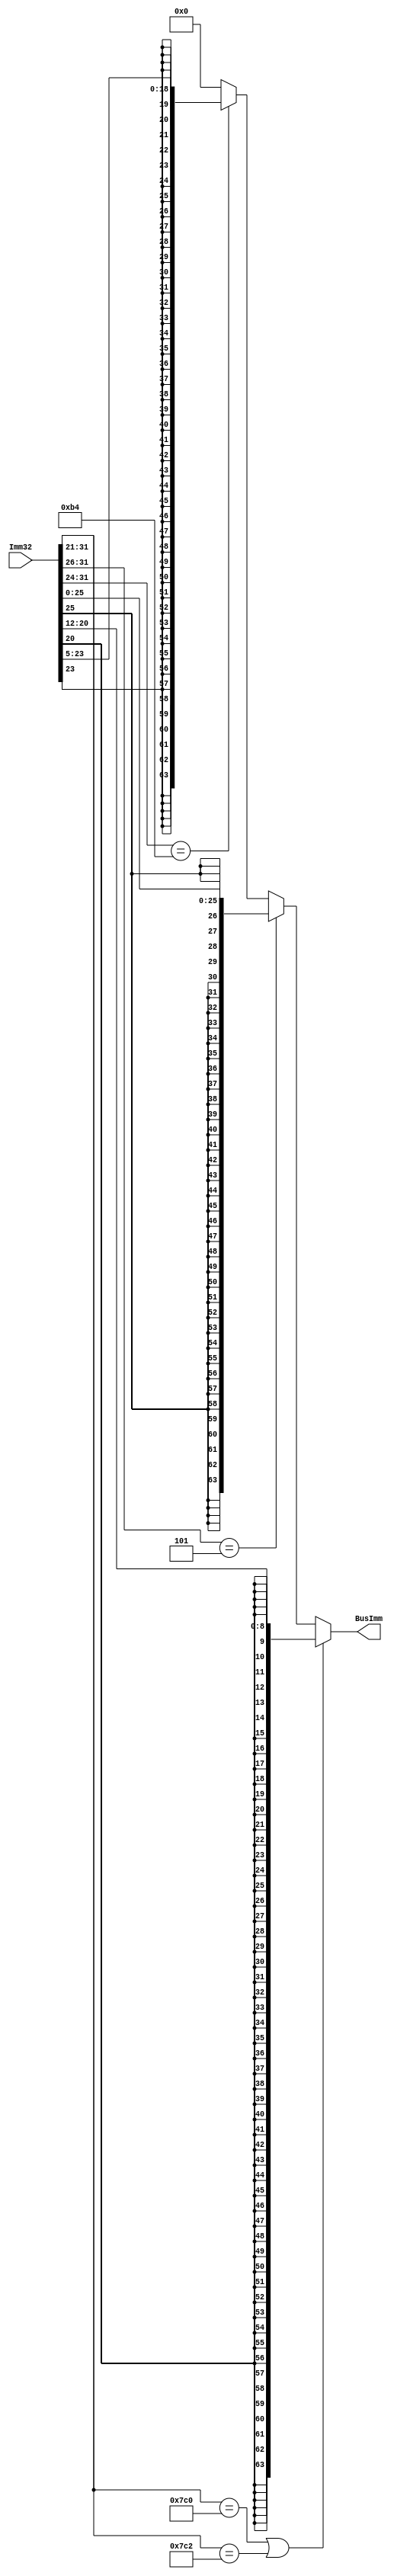
`timescale 1ns / 1ps
//////////////////////////////////////////////////////////////////////////////////
// Company: 
// Engineer: 
// 
// Design Name: 
// Module Name: SignExtender
// Project Name: 
// Target Devices: 
// Tool Versions: 
// Description: 
// 
// Dependencies: 
// 
// Revision:
// Revision 0.01 - File Created
// Additional Comments:
// 
//////////////////////////////////////////////////////////////////////////////////


// D type
// CB type
// B type


module SignExtender(BusImm, Imm32);

  output reg [63:0] BusImm;  // 64 bits
  input [31:0] Imm32;  // 32 bits 
//  input [1:0] Ctrl;  // 2 bit control  00  01  10  11
  
  always @(*) begin
    
      if (Imm32[31:21] == 11'b11111000000 || Imm32[31:21] == 11'b11111000010) begin  // D type
        BusImm = {{55{Imm32[20]}}, Imm32[20:12]};
        end 
        
      else if (Imm32[31:26] == 6'b000101) begin
        //assign #1 extBit = Imm32[25];  // B
        BusImm = {{38{Imm32[25]}}, Imm32[25:0]};
        end
        
      
      else if (Imm32[31:24] == 8'b10110100) begin
        //assign #1 extBit = Imm32[23];  // CB   23: 5
        BusImm = {{45{Imm32[23]}}, Imm32[23:5]};
        end
      
      else begin 
        //assign #1 extBit = Imm32[20]; // other
        BusImm = 64'b0;
        end
    $display("Sign extended Imm64:%h Instruction:%b",BusImm, Imm32);
    end

endmodule